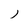
Character: j